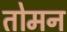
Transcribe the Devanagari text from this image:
तोमन